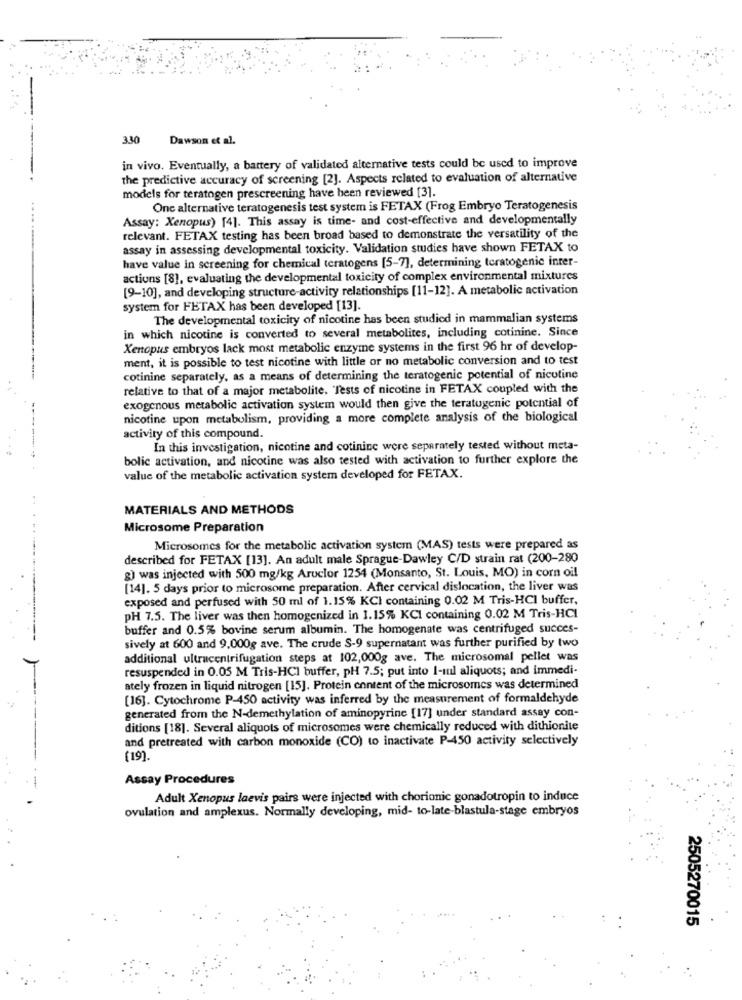
330
Dawson et al.
in vivo. Eventually, a battery of validated alternative tests could be used to improve
the predictive accuracy of screening [2]. Aspects related to evaluation of alternative
models for teratogen prescreening have been reviewed [3].
One alternative teratogenesis test system is FETAX (Frog Embryo Teratogenesis
Assay: Xenopus) [4]. This assay is time- and cost-effective and developmentally
relevant. FETAX testing has been broad based to demonstrate the versatility of the
assay in assessing developmental toxicity. Validation studies have shown FETAX to
have value in screening for chemical teratogens [5-7], determining teratogenic inter-
actions [8], evaluating the developmental toxicity of complex environmental mixtures
[9-10], and developing structure-activity relationships [11-12]. A metabolic activation
system for FETAX has been developed [13].
The developmental toxicity of nicotine has been studied in mammalian systems
in which nicotine is converted to several metabolites, including cotinine. Since
Xenopus embryos lack most metabolic enzyme systems in the first 96 hr of develop-
ment, it is possible to test nicotine with little or no metabolic conversion and to test
cotinine separately, as a means of determining the teratogenic potential of nicotine
relative to that of a major metabolite. "Tests of nicotine in FETAX coupled with the
exogenous metabolic activation system would then give the teratogenic potential of
nicotine upon metabolism, providing a more complete analysis of the biological
activity of this compound.
In this investigation, nicotine and cotinine were separately tested without meta-
bolic activation, and nicotine was also tested with activation to further explore the
value of the metabolic activation system developed for FETAX.
MATERIALS AND METHODS
Microsome Preparation
Microsomes for the metabolic activation system (MAS) tests were prepared as
described for FETAX [13]. An adult male Sprague-Dawley C/D strain rat (200-280
g) was injected with 500 mg/kg Aruclor 1254 (Monsanto, St. Louis, MO) in corn oil
[14]. 5 days prior to microsome preparation. After cervical dislocation, the liver was
exposed and perfused with 50 ml of 1.15% KCI containing 0.02 M Tris-HCI buffer,
PH 7.5. The liver was then homogenized in 1.15% KCI containing 0.02 M Tris-HCI
buffer and 0.5% bovine serum albumin. The homogenate was centrifuged succes-
sively at 600 and 9,000g ave. The crude S-9 supernatant was further purified by two
additional ultracentrifugation steps at 102,000g ave. The microsomal pellet was
resuspended in 0.05 M Tris-HCI buffer, pH 7.5; put into 1-nul aliquots; and immedi-
ately frozen in liquid nitrogen [15]. Protein content of the microsomes was determined
[16]. Cytochrome P-450 activity was inferred by the measurement of formaldehyde
generated from the N-demethylation of aminopyrine [17] under standard assay con-
ditions [18]. Several aliquots of microsomes were chemically reduced with dithionite
and pretreated with carbon monoxide (CO) to inactivate P-450 activity selectively
(19).
Assay Procedures
-
Adult Xenopus laevis pairs were injected with chorionic gonadotropin to induce
ovulation and amplexus. Normally developing, mid- to-late-blastula-stage embryos
2505270015